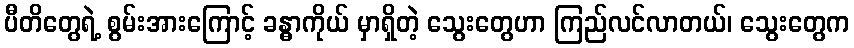
ပီတိတွေရဲ့ စွမ်းအားကြောင့် ခန္ဓာကိုယ် မှာရှိတဲ့ သွေးတွေဟာ ကြည်လင်လာတယ်၊ သွေးတွေက